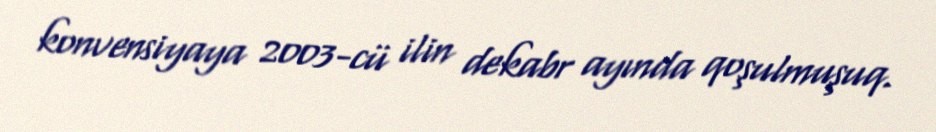
konvensiyaya 2003-cü ilin dekabr ayında qoşulmuşuq.